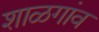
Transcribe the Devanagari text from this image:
शाळगांव